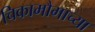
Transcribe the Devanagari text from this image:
चिकामौगाच्या